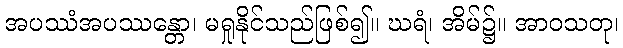
အပဿံအပဿန္တော၊ မရှုနိုင်သည်ဖြစ်၍။ ဃရံ၊ အိမ်၌။ အာဝသတု၊